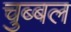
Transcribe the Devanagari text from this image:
चुब्बल